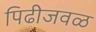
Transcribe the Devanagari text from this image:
पिढीजवळ